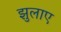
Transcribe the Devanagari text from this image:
झुलाए